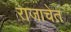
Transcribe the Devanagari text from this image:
राजाचेत